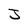
Character: J